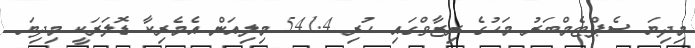
މިދިޔަ ސެޕްޓެމްބަރު މަހުގެ ރިޒާވްގައި ހުރި 541.4 މިލިއަން އެމެރިކާ ޑޮލަރަކީ މިދިޔަ